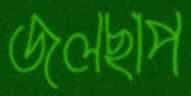
জলছাপ